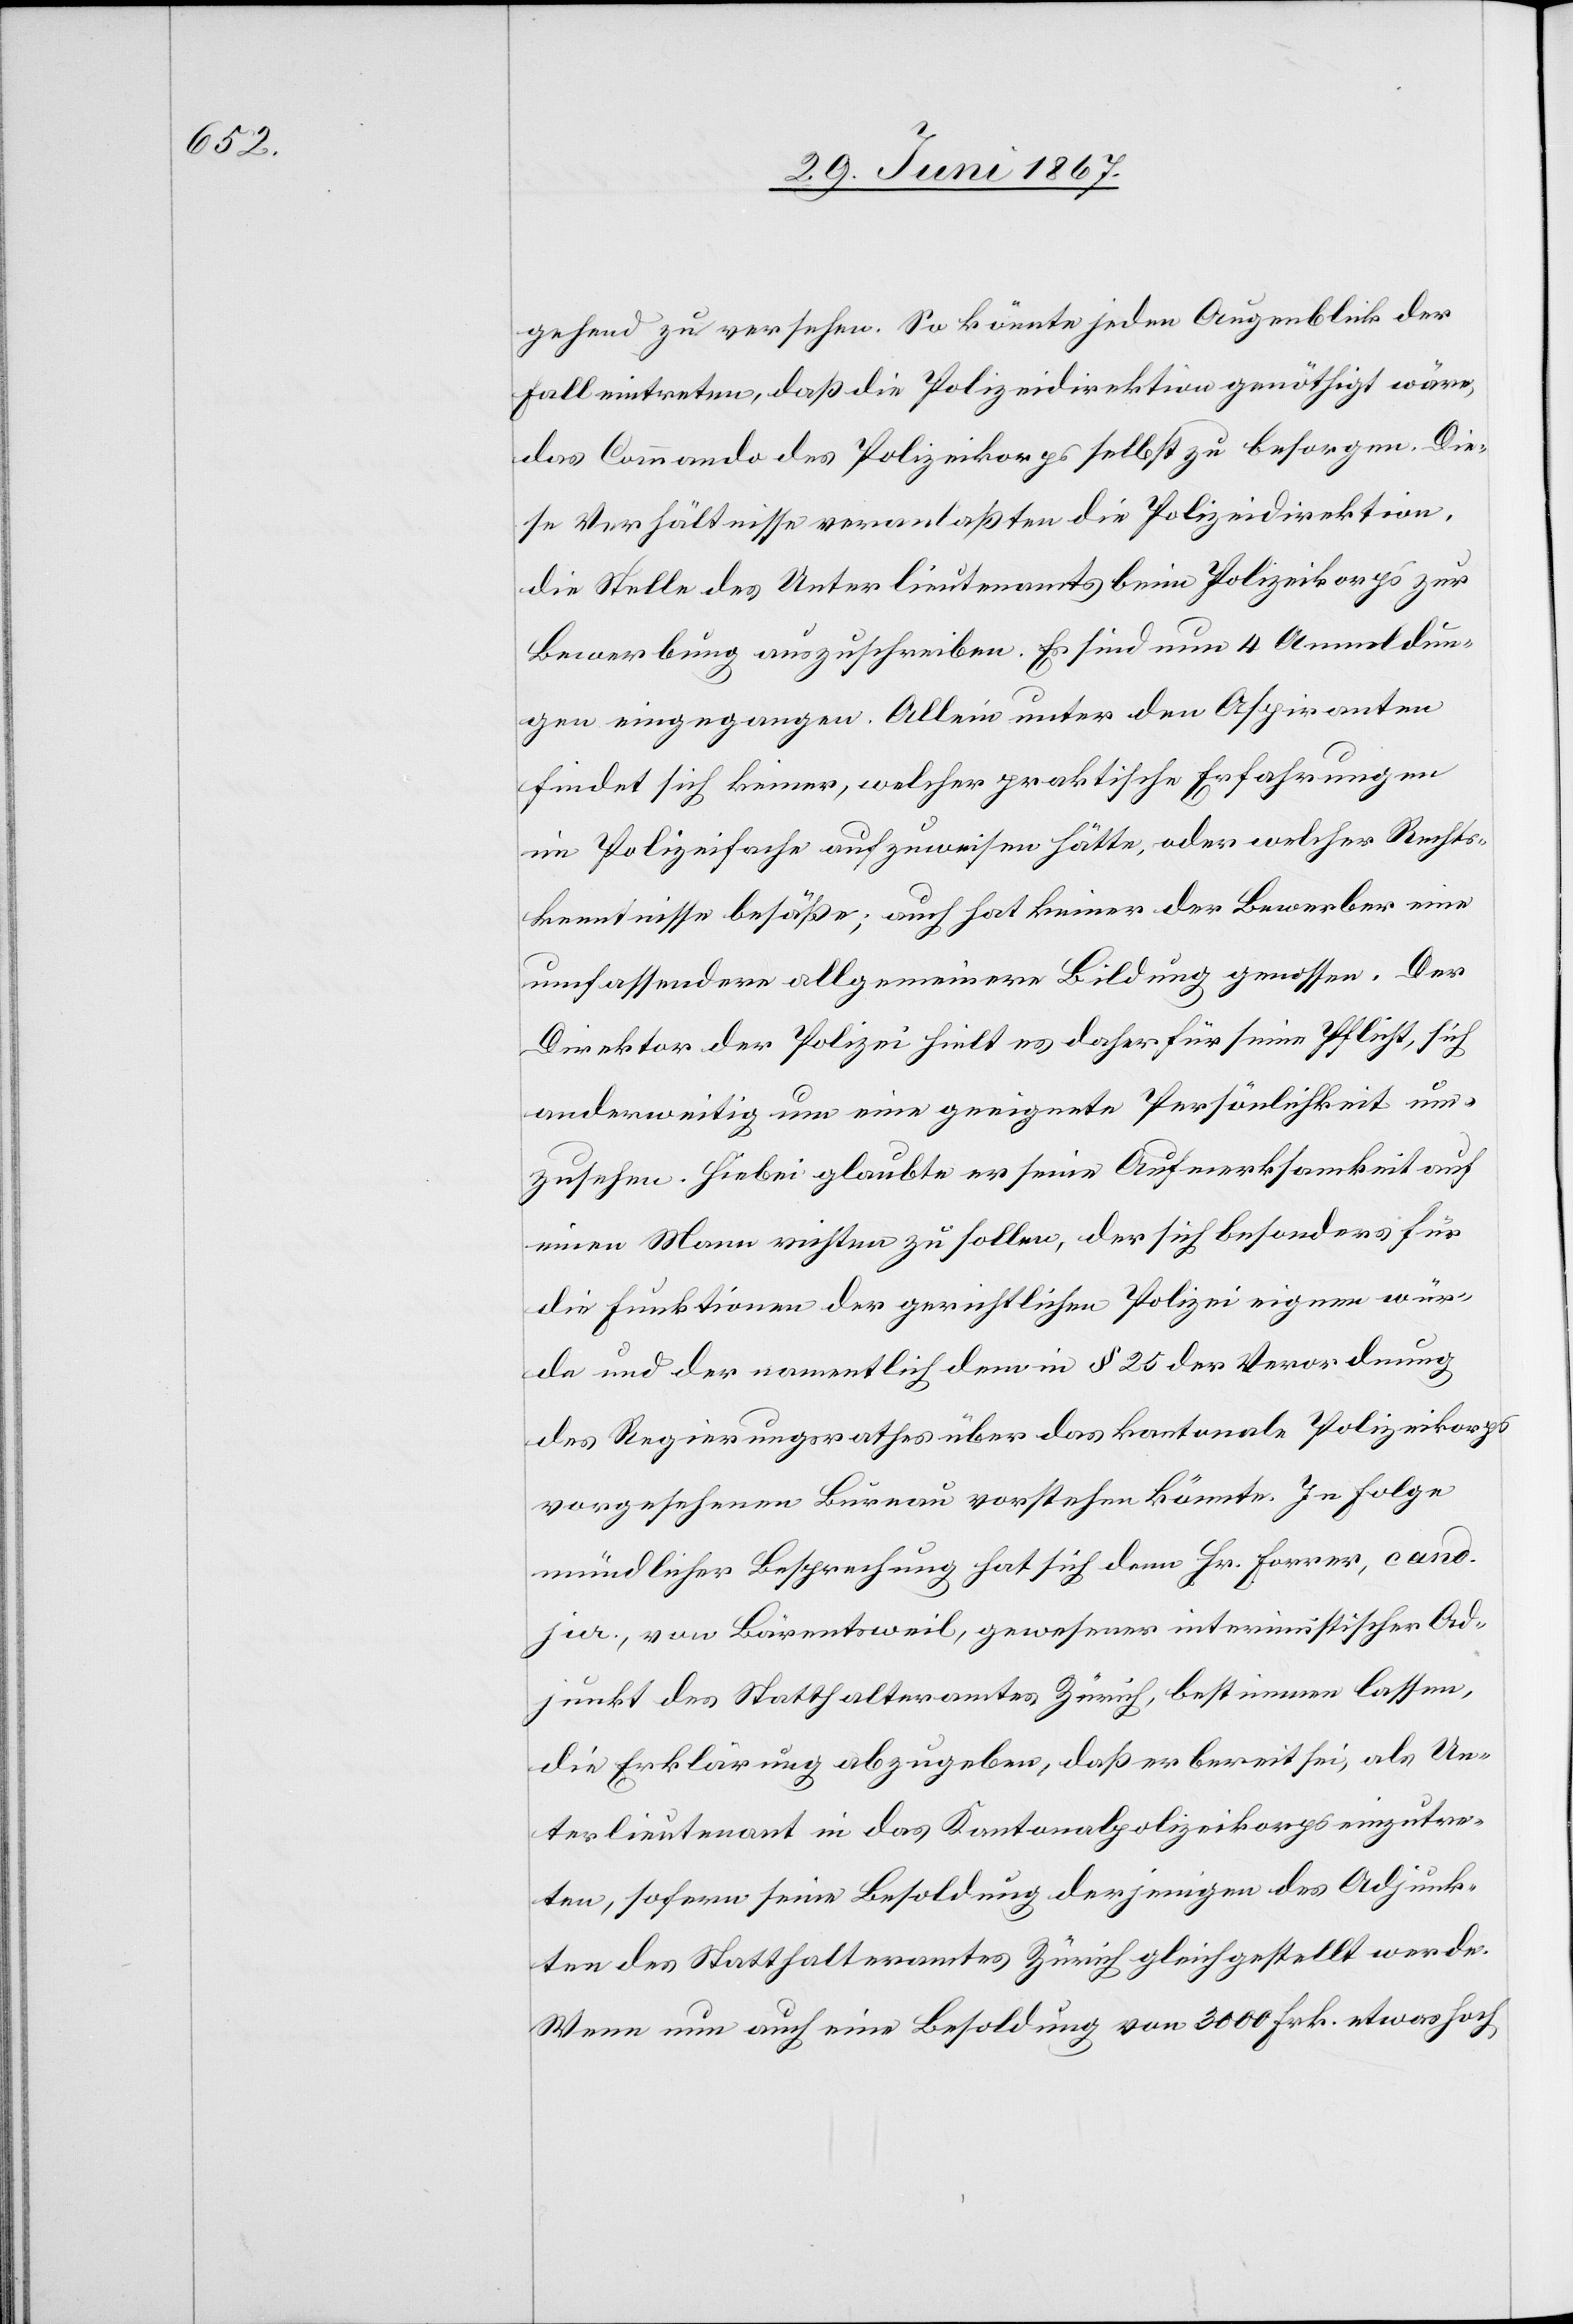
gehend zu versehen. So könnte jeden Augenblick der
Fall eintreten, daß die Polizeidirektion genöthigt wäre,
das Commando des Polizeikorps selbst zu besorgen. Die¬
se Verhältnisse veranlaßten die Polizeidirektion,
die Stelle des Unterlieutenants beim Polizeikorps zur
Bewerbung auszuschreiben. Es sind nun 4 Anmeldun¬
gen eingegangen. Allein unter den Aspiranten
findet sich keiner, welcher praktische Erfahrungen
im Polizeifache aufzuweisen hätte, oder welcher Rechts¬
kenntnisse besäße; auch hat keiner der Bewerber eine
umfassendere allgemeinere Bildung genossen. Der
Direktor der Polizei hielt es daher für seine Pflicht, sich
anderweitig um eine geeignete Persönlichkeit um¬
zusehen. Hiebei glaubt er seine Aufmerksamkeit auf
einen Mann richten zu sollen, der sich besonders für
die Funktionen der gerichtlichen Polizei eignen wür¬
de und der namentlich dem in § 25 der Verordnung
des Regierungsrathes über das kantonale Polizeikorps
vorgesehenen Bureau vorstehen könnte. In Folge
mündlicher Besprechung hat sich denn Hr. Forrer, cand.
jur., von Bärentsweil, gewesener interimistischer Ad¬
junkt des Statthalteramtes Zürich, bestimmen lassen,
die Erklärung abzugeben, daß er bereit sei, als Un¬
terlieutenant in das Kantonalpolizeikorps einzutre¬
ten, sofern seine Besoldung derjenigen des Adjunk¬
ten des Statthalteramtes Zürich gleichgestellt werde.
Wenn nun auch eine Besoldung von 3000 Frk. etwas hoch